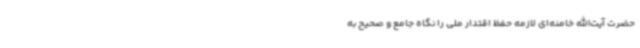
حضرت آیت‌الله خامنه‌ای لازمه حفظ اقتدار ملی را نگاه جامع و صحیح به